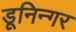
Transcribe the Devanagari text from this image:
डूनिन्गर